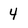
Character: 4